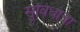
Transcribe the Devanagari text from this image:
सुविधाचा